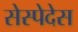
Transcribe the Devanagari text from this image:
सेस्पेदेस